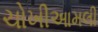
ચોખીઆમલી